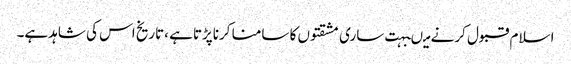
اسلام قبول کرنے میںبہت ساری مشقتوں کا سامنا کرناپڑتاہے ،تاریخ اس کی شاہدہے۔